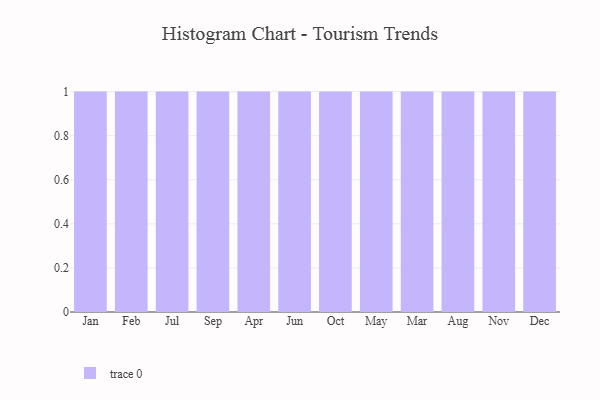
{"axis": {"x": "Month", "y": "Shipments"}, "legend": [""], "data": [{"x": "Jan", "y": 73, "type": ""}, {"x": "Feb", "y": 17, "type": ""}, {"x": "Jul", "y": 46, "type": ""}, {"x": "Sep", "y": 87, "type": ""}, {"x": "Apr", "y": 94, "type": ""}, {"x": "Jun", "y": 65, "type": ""}, {"x": "Oct", "y": 33, "type": ""}, {"x": "May", "y": 44, "type": ""}, {"x": "Mar", "y": 62, "type": ""}, {"x": "Aug", "y": 6, "type": ""}, {"x": "Nov", "y": 49, "type": ""}, {"x": "Dec", "y": 83, "type": ""}]}